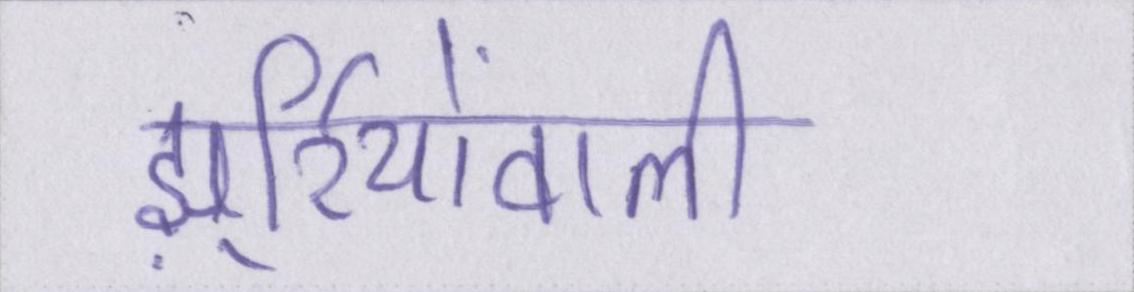
झुर्रियोंवाली